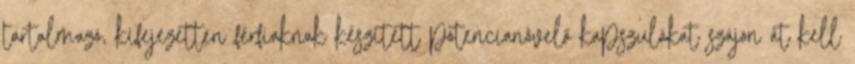
tartalmazó, kifejezetten férfiaknak készített potencianövelő kapszulákat szájon át kell